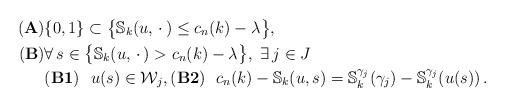
LaTeX: \begin{align*}\mathbf{(A)}&\{0,1\}\subset\big\{ {\mathbb S}_k(u,\,\cdot\,)\leq c_n(k)-\lambda\big\},\\\mathbf{(B)}&\forall\,s\in\big\{{\mathbb S}_k(u,\,\cdot\,)>c_n(k)-\lambda\big\},\ \exists\, j\in J\ \\ &\mathbf{(B1)}\ \ u(s)\in\mathcal W_j,\mathbf{(B2)}\ \ c_n(k)-{\mathbb S}_k(u,s)={\mathbb S}_k^{\gamma_j}(\gamma_j)-{\mathbb S}^{\gamma_j}_k(u(s))\,.\end{align*}